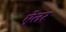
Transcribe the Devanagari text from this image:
ऐतर